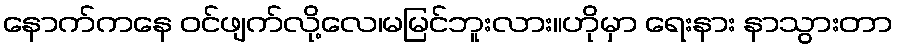
နောက်ကနေ ဝင်ဖျက်လို့လေ၊မမြင်ဘူးလား။ဟိုမှာ ရေးနား နာသွားတာ